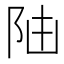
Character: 𨸸